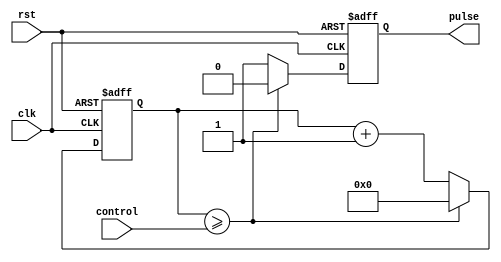
module variable_pulse_width_generator (
    input wire clk,
    input wire rst,
    input wire [7:0] control,
    output reg pulse
);

reg [7:0] counter;

always @(posedge clk or posedge rst) begin
    if (rst) begin
        counter <= 8'b0;
        pulse <= 1'b0;
    end else begin
        if (counter >= control) begin
            pulse <= 1'b0;
            counter <= 8'b0;
        end else begin
            pulse <= 1'b1;
            counter <= counter + 8'b1;
        end
    end
end

endmodule